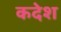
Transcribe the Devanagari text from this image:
कदेश